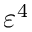
\varepsilon ^ { 4 }